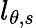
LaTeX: l_{\theta,s}